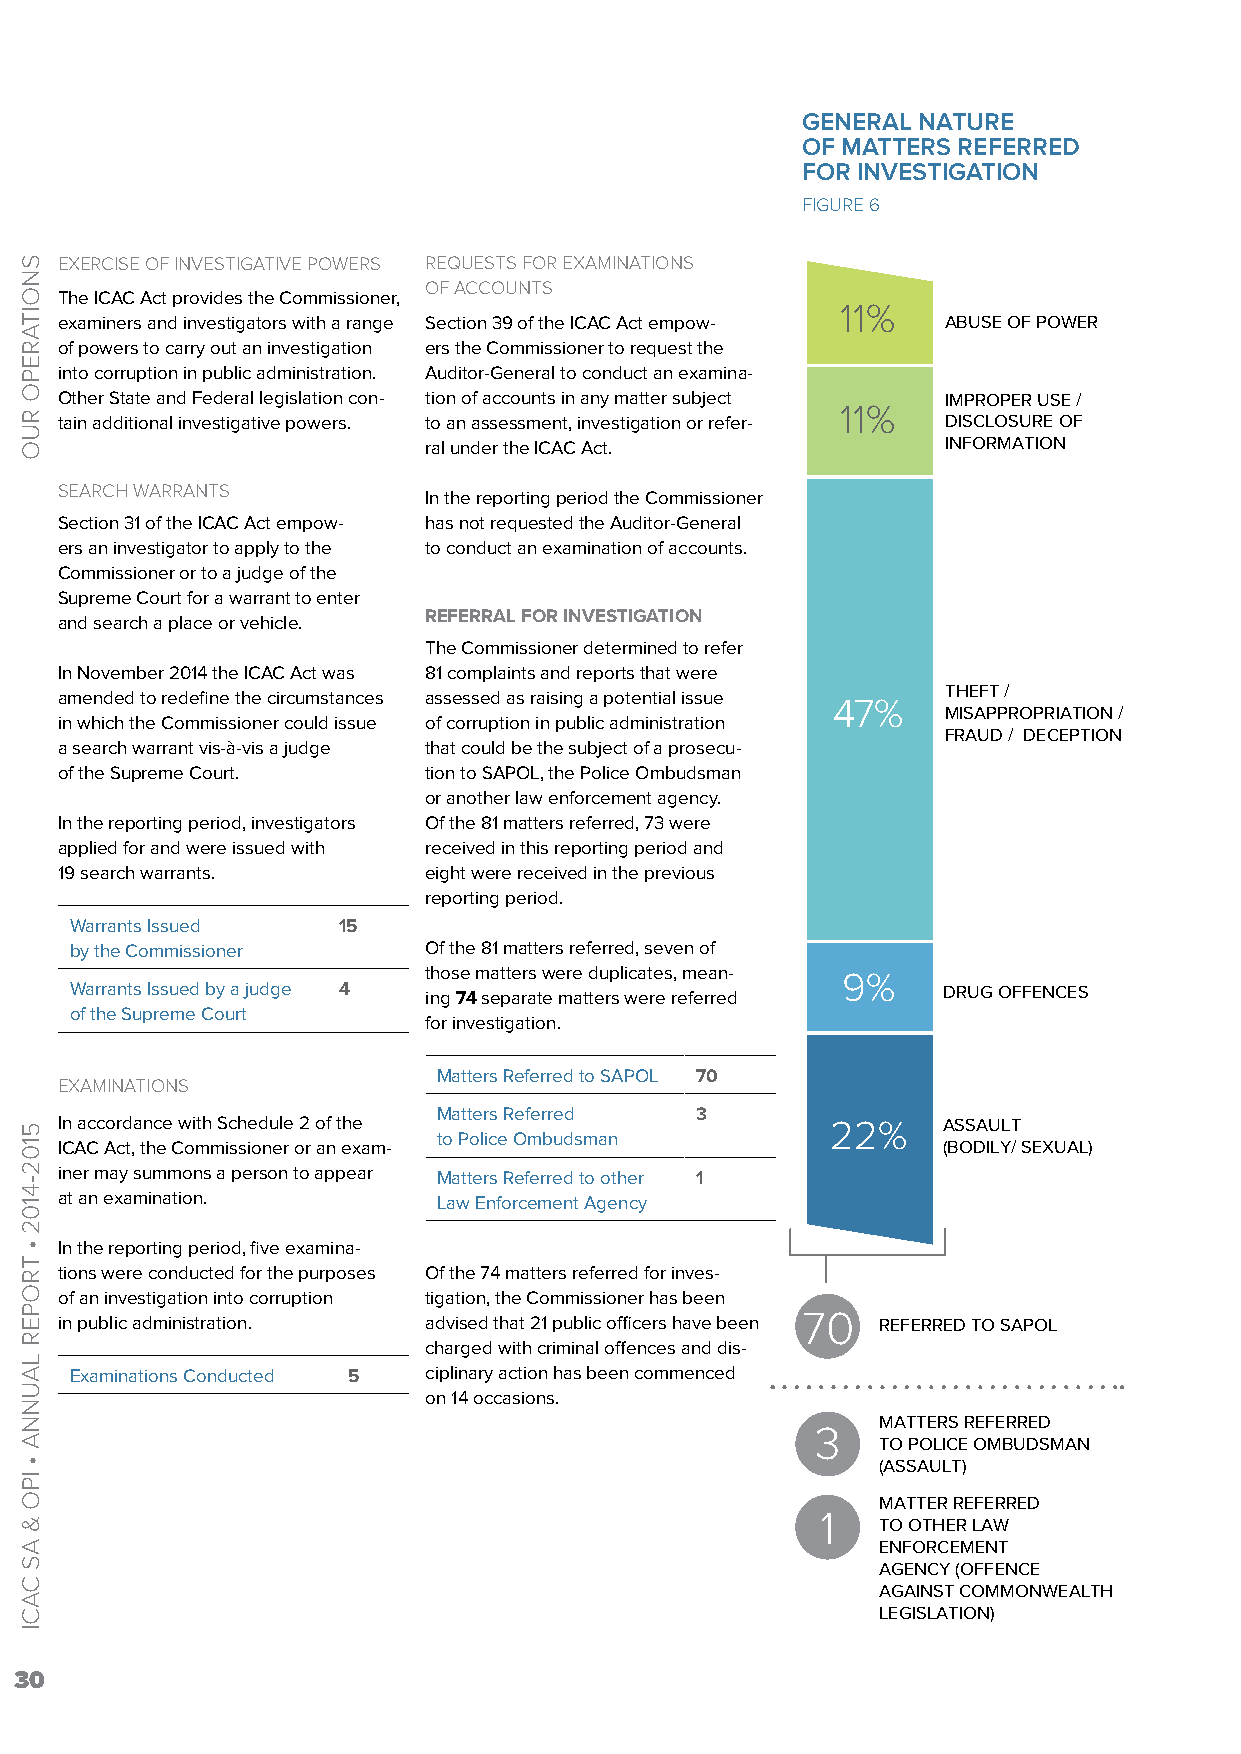
GENERAL NATURE
 OF MATTERS REFERRED
 FOR INVESTIGATION
 FIGURE 6
 EXERCISE OF INVESTIGATIVE POWERS REQUESTS FOR EXAMINATIONS
 OF ACCOUNTS
 The ICAC Act provides the Commissioner,
 11%
 examiners and investigators with a range Section 39 of the ICAC Act empow- ABUSE OF POWER
 of powers to carry out an investigation ers the Commissioner to request the
 into corruption in public administration. Auditor-General to conduct an examina-
 Other State and Federal legislation con- tion of accounts in any matter subject IMPROPER USE /
 11% tain additional investigative powers. to an assessment, investigation or refer- DISCLOSURE OF
 ral under the ICAC Act.            INFORMATION
 SEARCH WARRANTS
 In the reporting period the Commissioner
 Section 31 of the ICAC Act empow- has not requested the Auditor-General
 ers an investigator to apply to the to conduct an examination of accounts.
 Commissioner or to a judge of the
 Supreme Court for a warrant to enter
 REFERRAL FOR INVESTIGATION
 and search a place or vehicle.
 The Commissioner determined to refer
 In November 2014 the ICAC Act was 81 complaints and reports that were
 THEFT /
 amended to redefine the circumstances assessed as raising a potential issue
 47%
 MISAPPROPRIATION /
 in which the Commissioner could issue of corruption in public administration
 FRAUD / DECEPTION
 a search warrant vis-à-vis a judge that could be the subject of a prosecu-
 of the Supreme Court.   tion to SAPOL, the Police Ombudsman
 or another law enforcement agency.
 In the reporting period, investigators Of the 81 matters referred, 73 were
 applied for and were issued with received in this reporting period and
 19 search warrants.     eight were received in the previous
 reporting period.
 Warrants Issued  15
 by the Commissioner    Of the 81 matters referred, seven of
 those matters were duplicates, mean- 9%
 Warrants Issued by a judge 4 ing 74 separate matters were referred DRUG OFFENCES
 of the Supreme Court
 for investigation.
 Matters Referred to SAPOL 70
 EXAMINATIONS
 Matters Referred 3
 In accordance with Schedule 2 of the               22%    ASSAULT
 to Police Ombudsman
 ICAC Act, the Commissioner or an exam-                    (BODILY/ SEXUAL)
 iner may summons a person to appear Matters Referred to other 1
 at an examination.       Law Enforcement Agency
 In the reporting period, five examina-
 tions were conducted for the purposes Of the 74 matters referred for inves-
 of an investigation into corruption tigation, the Commissioner has been
 in public administration. advised that 21 public officers have been 70 REFERRED TO SAPOL
 charged with criminal offences and dis-
 Examinations Conducted 5 ciplinary action has been commenced
 on 14 occasions.
 MATTERS REFERRED
 3
 TO POLICE OMBUDSMAN
 (ASSAULT)
 MATTER REFERRED
 1
 TO OTHER LAW
 ENFORCEMENT
 AGENCY (OFFENCE
 AGAINST COMMONWEALTH
 LEGISLATION)
 30
 SNOITAREPO
 RUO
 5102-4102
 •
 TROPER
 LAUNNA
 •
 IPO
 &
 AS
 CACI